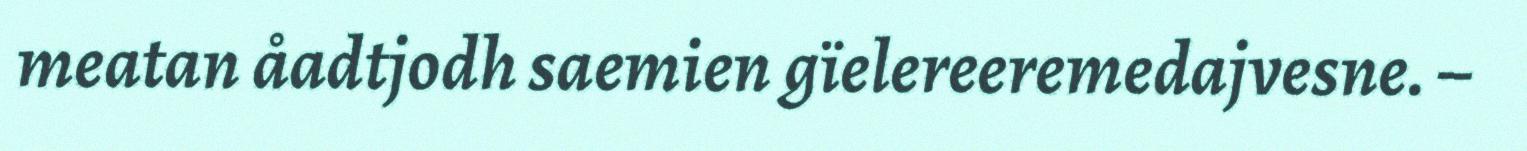
meatan åadtjodh saemien gïelereeremedajvesne. –